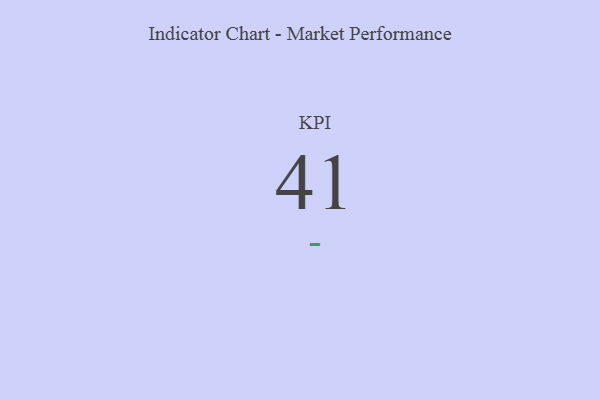
{"axis": {"x": "KPI", "y": "Value"}, "legend": [""], "data": [{"x": "KPI", "y": 41, "type": ""}]}